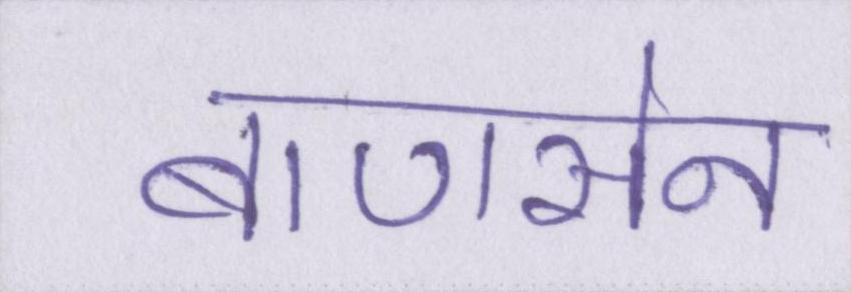
बाणसेन